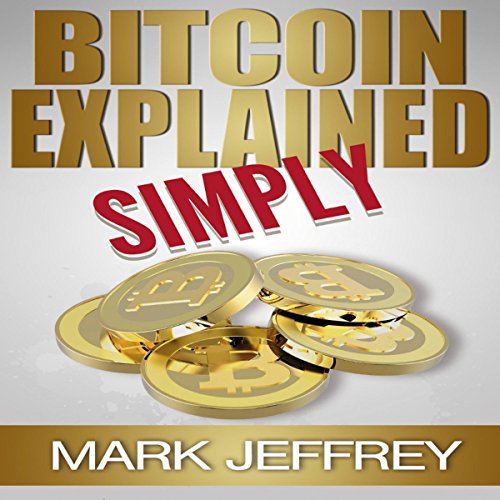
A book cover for Bitcoin Explained Simply: An Easy Guide to the Basics That Anyone Can Understand; Mark Jeffrey; Computers & Technology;